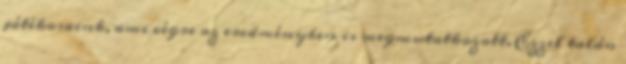
játékosaink, ami végre az eredményben is megmutatkozott. Ezzel talán